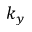
k _ { y }